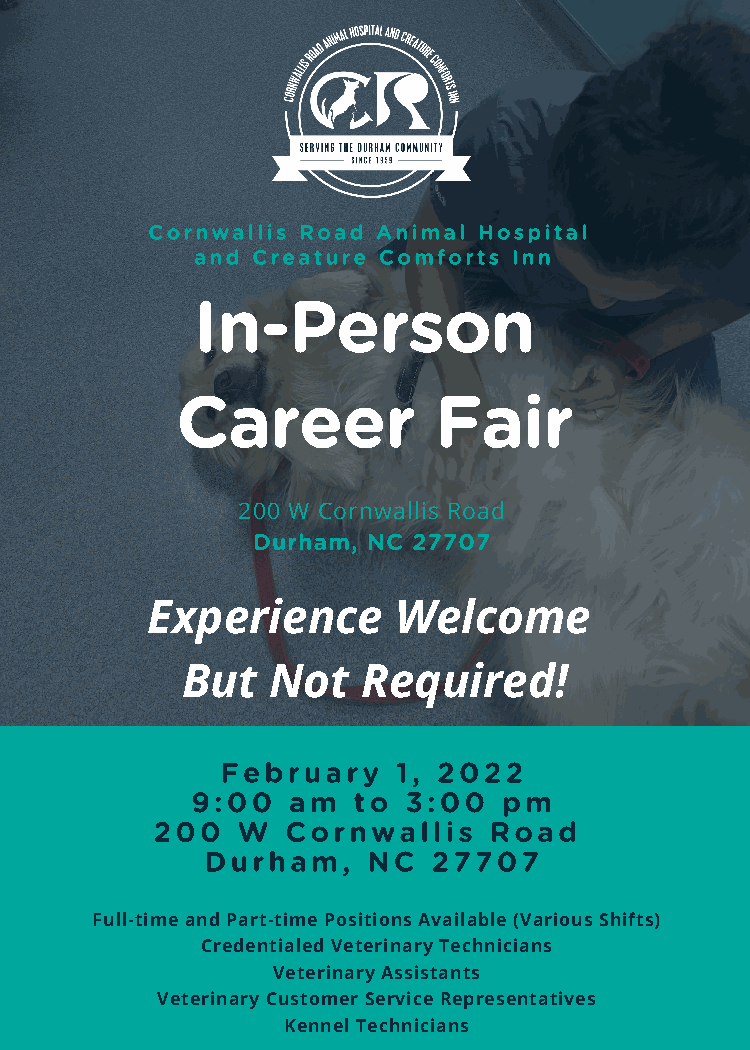
Cornwallis Road Animal Hospital
 and Creature Comforts Inn
 In-Person
 Career           Fair
 200 W Cornwallis Road
 Durham, NC 27707
 Experience      Welcome
 But   Not   Required!
 February   1, 2022
 9:00  am  to  3:00  pm
 200   W  Cornwallis   Road
 Durham,   NC   27707
 Full-time and Part-time Positions Available (Various Shifts)
 Credentialed Veterinary Technicians
 Veterinary Assistants
 Veterinary Customer Service Representatives
 Kennel Technicians